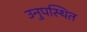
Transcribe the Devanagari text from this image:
उनुपस्थित